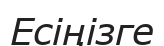
Есіңізге